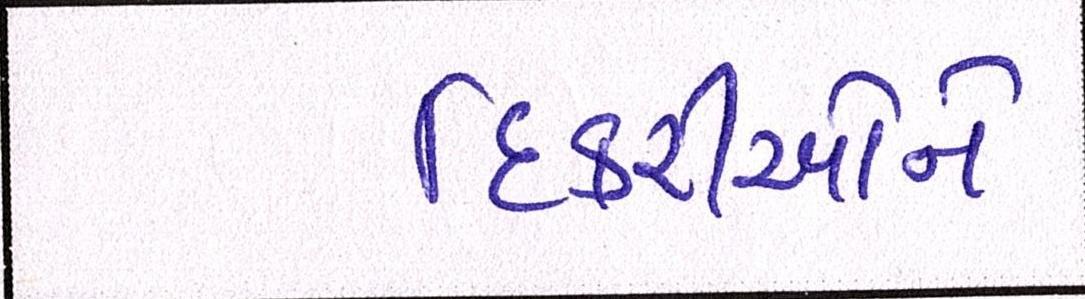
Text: દિકરીઓને